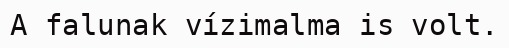
A falunak vízimalma is volt.